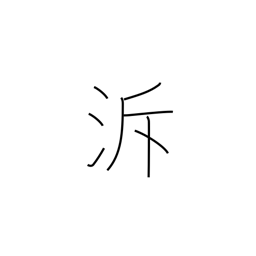
Meaning: go upstream